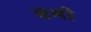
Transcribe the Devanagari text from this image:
बभी